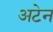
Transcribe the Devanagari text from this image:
अटेन